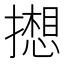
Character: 𫾋